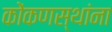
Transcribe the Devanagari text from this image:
कोंकणस्थांना